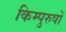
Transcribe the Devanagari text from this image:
किम्पुरुषों